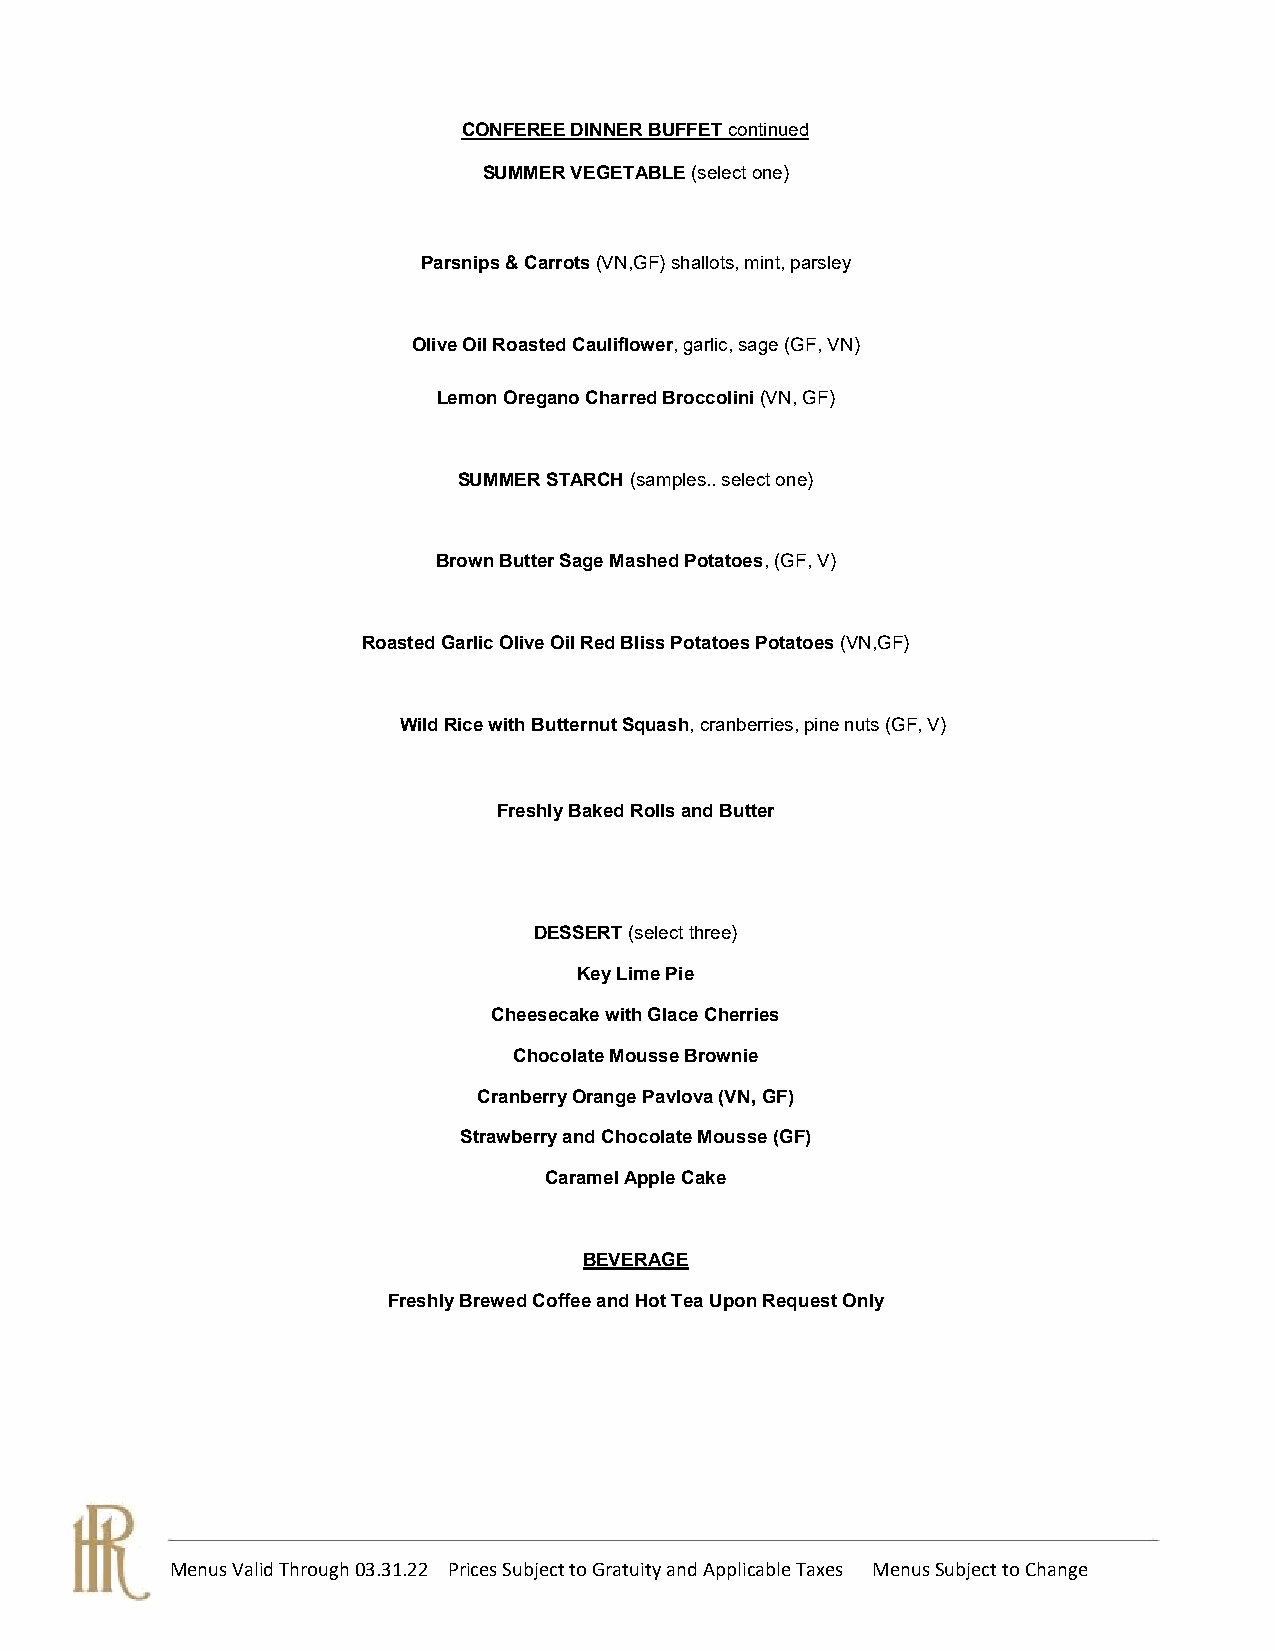
CONFEREE DINNER BUFFET continued
 SUMMER VEGETABLE (select one)
 Parsnips & Carrots (VN,GF) shallots, mint, parsley
 Olive Oil Roasted Cauliflower, garlic, sage (GF, VN)
 Lemon Oregano Charred Broccolini (VN, GF)
 SUMMER STARCH (samples.. select one)
 Brown Butter Sage Mashed Potatoes, (GF, V)
 Roasted Garlic Olive Oil Red Bliss Potatoes Potatoes (VN,GF)
 Wild Rice with Butternut Squash, cranberries, pine nuts (GF, V)
 Freshly Baked Rolls and Butter
 DESSERT (select three)
 Key Lime Pie
 Cheesecake with Glace Cherries
 Chocolate Mousse Brownie
 Cranberry Orange Pavlova (VN, GF)
 Strawberry and Chocolate Mousse (GF)
 Caramel Apple Cake
 BEVERAGE
 Freshly Brewed Coffee and Hot Tea Upon Request Only
 Menus Valid Through 03.31.22 Prices Subject to Gratuity and Applicable Taxes Menus Subject to Change